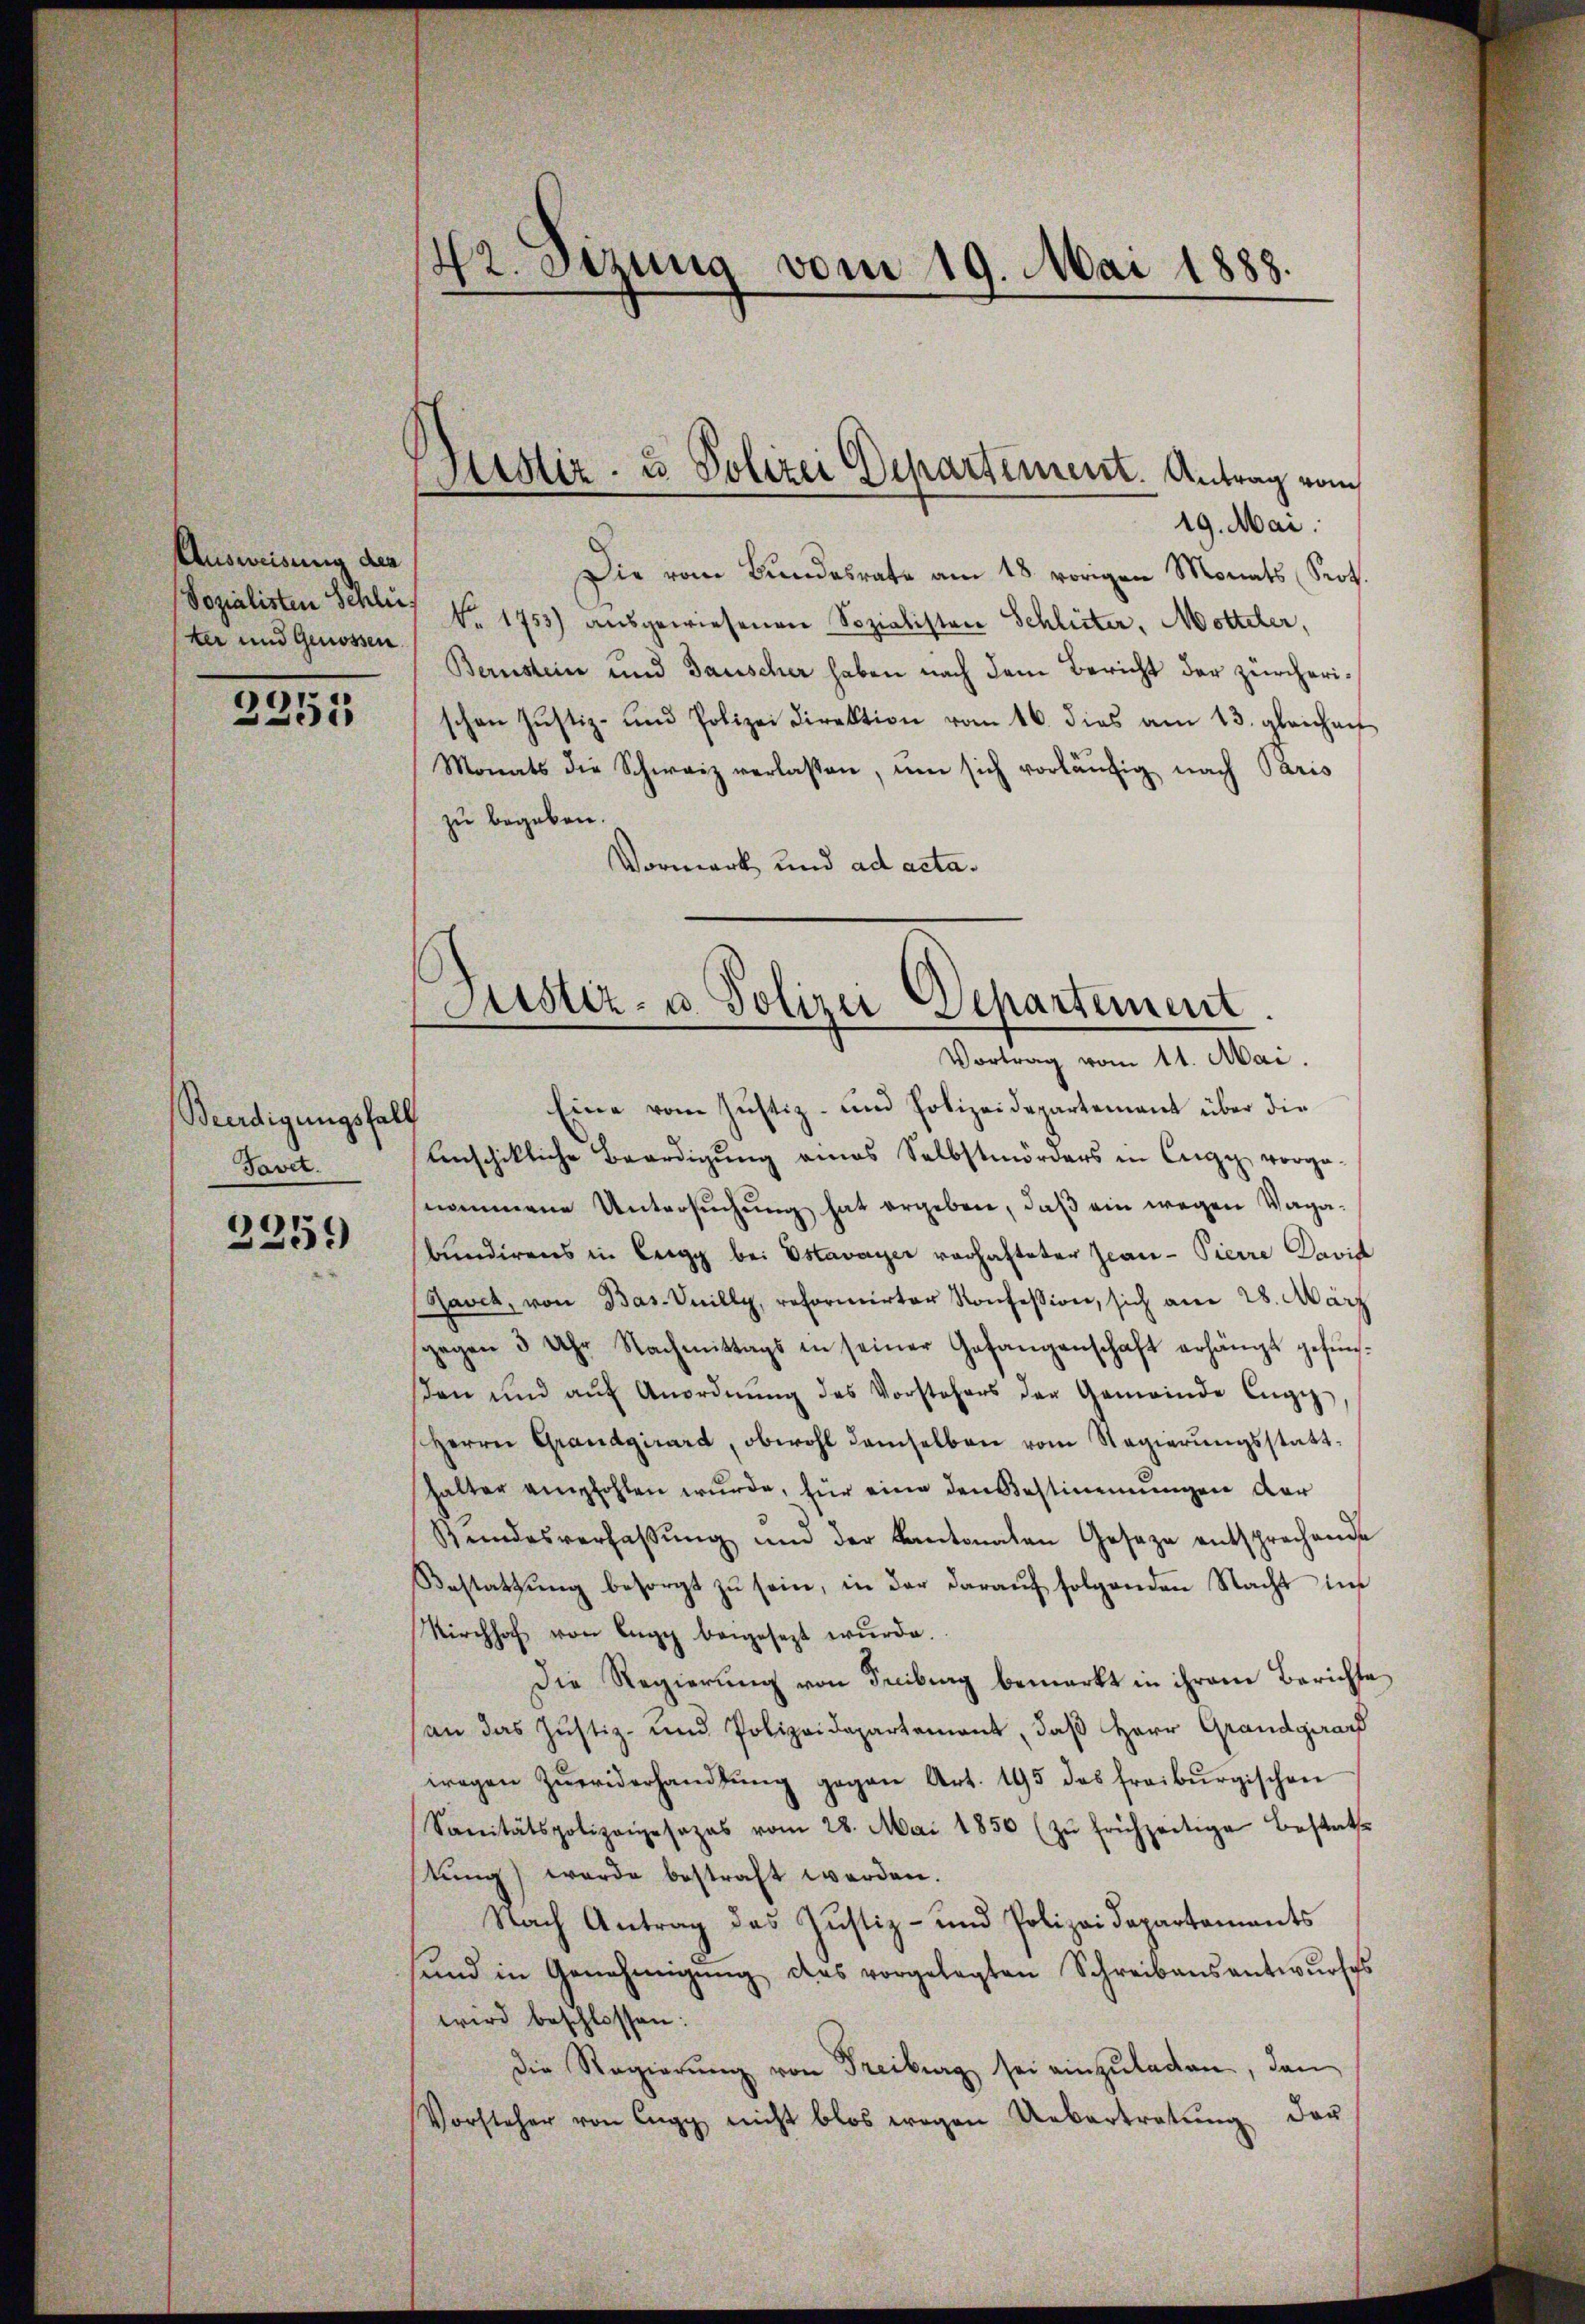
Ausweisung des
Sozialisten Schlus
ter und Genossen

2255

Beerdigungsfall
Tavet.

325)

42. Setzung vom 19. Mai 1888.

Justiz- u Polizei Departement. Antrag vom

19. Mai.
Die vom Bundesrate am 18. vorigen Monats Prof.
Nr. 1755) ausgewiesenen Sozialisten Schlitter, Motteler,
Bernstein und Tauscher haben nach dem Bericht der zürcherischen Justiz- und Polizei Direktion vom 16. dies am 13. gleichen
Monats die Schweiz verlassen, um sich vorläŭfig nach Paris
zu begeben.
Vormerk und ad acta.

Eine vom Justiz- und Polizeidepartement über die
Anschikliche Beerdigung eines Selbstmörders in Cergy vorge-
nommene Untersuchung hat ergeben, daß ein wegen Vagabundirens in Leegg bei Estavayer verhafteter Jeane-Pierre David
Ravck, von Bas- Suilly, reformirter Konfession, sich am 28. März
gegen 3 Uhr Nachmittags in seiner Gefangenschaft erhängt gefŭn-
βen und aŭf Anordnŭng des Vorstehers der Gemeinde Engi
Herrn Grandgirard, obwohl demselben vom Regierŭngsstatthalter empfohlen wurde, für eine den Bestimmungen der
Stŭndesverfaβŭng und der Kantonalen Gesage entsprechende
Bestattung besorgt zu sein, in der darauf folgenden Nacht im
Kirchhof von Lugg beigesezt wŭrde.
Die Regierung von Freiburg bemerkt in ihrem Berichte
(an das Justiz- und Polizeidepartement, daß Herr Grandgraf
wegen Zŭwiderhandlŭng gegen Art. 195 das freiburgischen
Sanitätspolizeigesezes vom 28. Mai 1856 (zŭ frühzeitige Bestatt
stŭng werde bestraft werden.
Nach Antrag das Justiz- und Polizeidepartements
sŭnd in Genehmigŭng des vorgelegten Schreibensantwŭrfes
wird beschlossen:
Die Regierŭng von Freiburg sei einzuladen, den
Vorsteher von Egg nicht blos wegen Uebertretŭng der

Justiz- u. Polizei Departement
Vortrag vom 11. Mai.